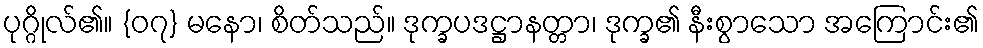
ပုဂ္ဂိုလ်၏။ {၀၇} မနော၊ စိတ်သည်။ ဒုက္ခပဒဋ္ဌာနတ္တာ၊ ဒုက္ခ၏ နီးစွာသော အကြောင်း၏